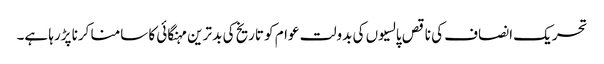
تحریک انصاف کی ناقص پالسیوں کی بدولت عوام کو تاریخ کی بد ترین مہنگائی کا سامنا کرنا پڑرہا ہے۔